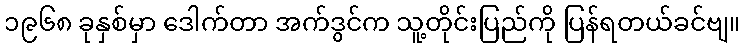
၁၉၆၈ ခုနှစ်မှာ ဒေါက်တာ အက်ဒွင်က သူ့တိုင်းပြည်ကို ပြန်ရတယ်ခင်ဗျ။